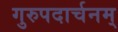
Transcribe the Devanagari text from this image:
गुरुपदार्चनम्